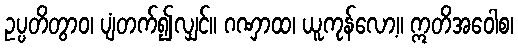
ဥပ္ပတိတွာဝ၊ ပျံတက်၍လျှင်။ ဂဏှာထ၊ ယူကုန်လော့။ ဣတိအဝေါစ၊